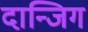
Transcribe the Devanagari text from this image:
दान्जिग